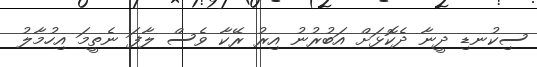
ސިކުނޑި ދީނާ ދެކޮޅަށް އަބުރުނު އިރު ރޭކާ ވެސް ލާފަ ނެތީމަ އިހުމާލު